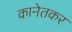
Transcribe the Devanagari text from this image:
कानेतकर